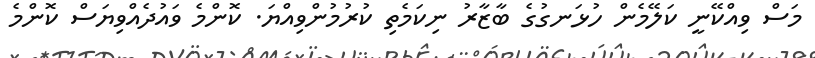
މަސް ވިއްކޭނީ ކަލޭމެން ހުޅަނގުގެ ބާޒާރު ނިކަމެތި ކުރުމުންވިއްޔަ. ކޮންމެ ވައުދެއްވިޔަސް ކޮންމެ